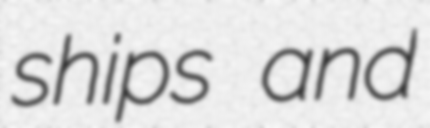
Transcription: ships and